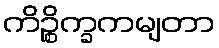
ကိဉ္စိက္ခကမျတာ